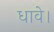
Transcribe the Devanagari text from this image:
धावे।